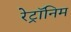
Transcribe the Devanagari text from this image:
रेट्रॉनिम